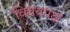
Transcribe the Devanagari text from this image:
विषयपक्ष